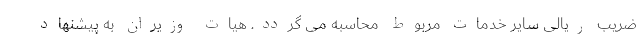
ضریب ریالی سایر خدمات مربوط محاسبه می گردد. هیات وزیران به پیشنهاد